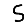
Digit: 5